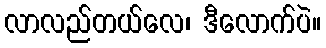
လာလည်တယ်လေ၊ ဒီလောက်ပဲ။